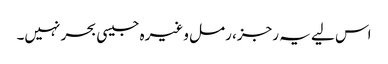
اس لیے یہ رجز، رمل وغیرہ جیسی بحر نہیں۔